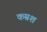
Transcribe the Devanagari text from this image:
कम्रश